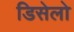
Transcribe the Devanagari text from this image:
डिसेलो